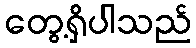
တွေ့ရှိပါသည်